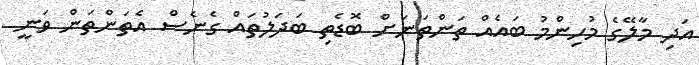
އަދި މާލޭގެ މުހިންމު ބައެއް ތަންތަނަށް ބޮޑެތި ބަދަލުތައް ގެނެސް އެތަންތަން ވަނީ